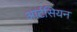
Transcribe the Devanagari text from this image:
आर्टसियन